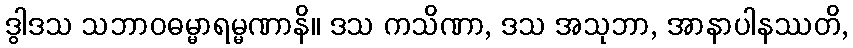
ဒွါဒသ သဘာဝဓမ္မာရမ္မဏာနိ။ ဒသ ကသိဏာ, ဒသ အသုဘာ, အာနာပါနဿတိ,